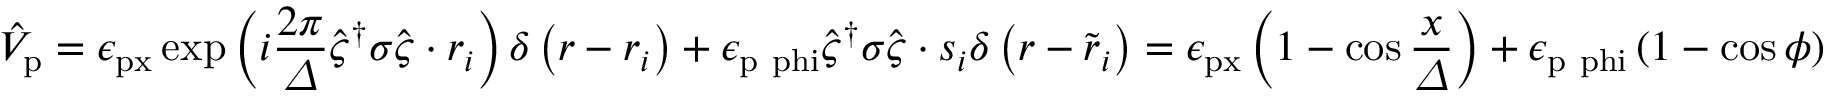
\hat { V } _ { \mathrm { p } } = \epsilon _ { \mathrm { p x } } \exp \left( i \frac { 2 \pi } { \varDelta } \hat { \varsigma } ^ { \dagger } \boldsymbol { \sigma } \hat { \varsigma } \cdot \boldsymbol { r } _ { i } \right) \delta \left( \boldsymbol { r } - \boldsymbol { r } _ { i } \right) + \epsilon _ { \mathrm { p \ p h i } } \hat { \varsigma } ^ { \dagger } \boldsymbol { \sigma } \hat { \varsigma } \cdot \boldsymbol { s } _ { i } \delta \left( \boldsymbol { r } - \tilde { \boldsymbol { r } } _ { i } \right) = \epsilon _ { \mathrm { p x } } \left( 1 - \cos \frac { x } { \varDelta } \right) + \epsilon _ { \mathrm { p \ p h i } } \left( 1 - \cos \phi \right)